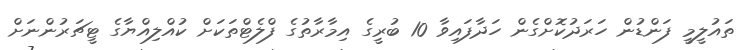
ތައުލީމީ ފަންޑުން ހަރަދުކޮށްގެން ހަދާފައިވާ 10 ބުރީގެ އިމާރާތުގެ ފްލެޓްތަކަށް ކުއްލިއްޔާގެ ޓީޗަރުންނަށް